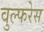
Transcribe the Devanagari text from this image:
वुल्फरेस